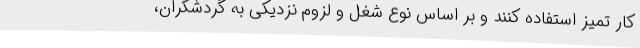
کار تمیز استفاده کنند و بر اساس نوع شغل و لزوم نزدیکی به گردشگران،